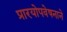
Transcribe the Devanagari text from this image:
प्रारयोपवेषनाने